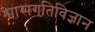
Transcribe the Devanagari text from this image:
श्वासगतिविज्ञान